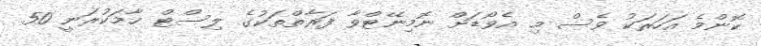
ކޮންމެ އަހަރަކު ވެސް މި އެވޯޑަށް ނޮމިނޭޓްވާ ފަރާތްތަކުގެ ލިސްޓް ހާމަކުރަނީ 50